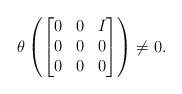
LaTeX: \begin{align*}\theta\left(\begin{bmatrix}0 &0&I\\0&0&0\\0&0&0 \end{bmatrix} \right)\neq 0.\end{align*}